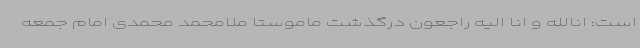
است: انالله و انا الیه راجعون درگذشت ماموستا ملامحمد محمدی امام جمعه